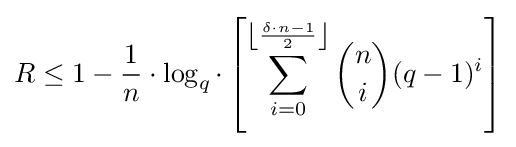
R\leq 1-{1 \over n}\cdot \log _{q}\cdot \left[\sum _{i=0}^{\left\lfloor {{\delta \cdot n-1} \over 2}\right\rfloor }{\binom {n}{i}}(q-1)^{i}\right]